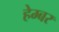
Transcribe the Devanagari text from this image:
हेम्बर